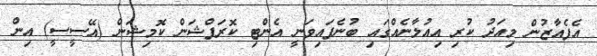
އެފެއާޒުން މިއަދު ކުރި އިއުލާނެއްގައި ބުނެފައިވަނީ އެންޓި ކޮރަޕްޝަން ކޮމިޝަން (އޭސީސީ) އިން